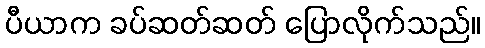
ပီယာက ခပ်ဆတ်ဆတ် ပြောလိုက်သည်။